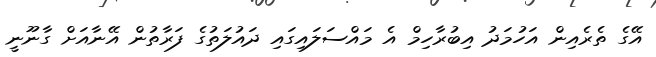
އޭގެ ތެރެއިން އަހުމަދު އިބުރާހިމް އެ މައްސަލައިގައި ދައުލަތުގެ ފަރާތުން އޭނާއަށް ގާނޫނީ